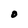
Character: O